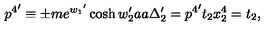
{ p ^ { 4 } } ^ { \prime } \equiv \pm m e ^ { { w _ { 1 } } ^ { \prime } } \cosh w _ { 2 } ^ { \prime } a a \Delta _ { 2 } ^ { \prime } = { p ^ { 4 } } ^ { \prime } t _ { 2 } x _ { 2 } ^ { 4 } = t _ { 2 } ,